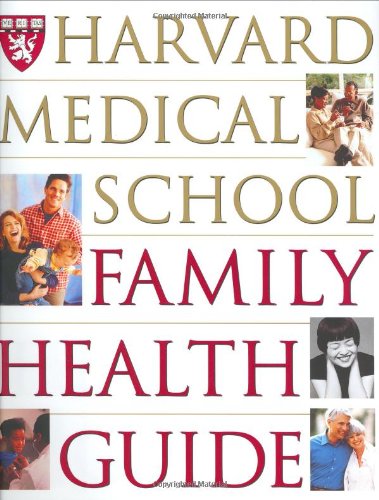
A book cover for Harvard Medical School Family Health Guide; Harvard Medical School; Health, Fitness & Dieting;